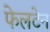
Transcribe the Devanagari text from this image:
फेलटेन